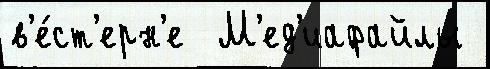
в'е́ст'ерн'е  М'ед'иафайлы